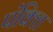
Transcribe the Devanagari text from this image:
पंक्‍ति